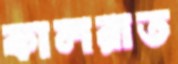
কালরাত